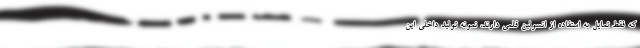
که فقط تمایل به استفاده از انسولین قلمی دارند، نمونه تولید داخلی این